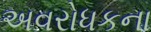
અવરોધકના